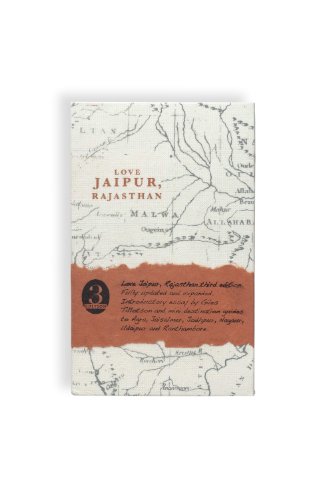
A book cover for Love Jaipur, Rajasthan; Fiona Caulfield; Travel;